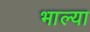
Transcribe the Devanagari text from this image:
भाल्या